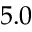
5 . 0